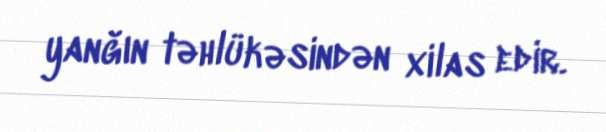
yanğın təhlükəsindən xilas edir.